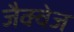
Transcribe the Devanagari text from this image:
जैक्वेज